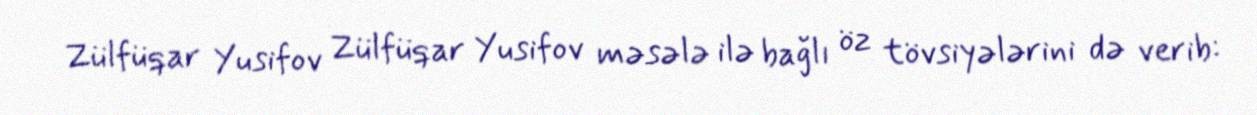
Zülfüqar Yusifov Zülfüqar Yusifov məsələ ilə bağlı öz tövsiyələrini də verib: